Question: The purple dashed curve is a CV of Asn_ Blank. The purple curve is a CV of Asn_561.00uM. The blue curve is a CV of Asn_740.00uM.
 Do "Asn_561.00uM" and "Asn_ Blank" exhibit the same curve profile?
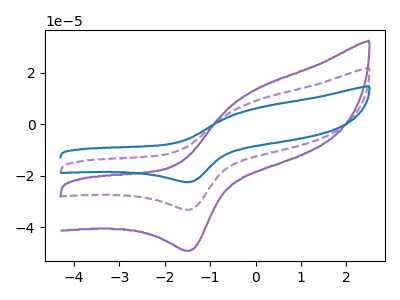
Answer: <think>The purple dashed curve "Asn_ Blank" has an anodic peak at (0.00V, 9.10uA) and a cathodic peak at (-1.45V, -33.30uA). The purple curve "Asn_561.00uM" has an anodic peak at (0.00V, 13.45uA) and a cathodic peak at (-1.45V, -49.25uA). The blue curve "Asn_740.00uM" has an anodic peak at (0.00V, 18.20uA) and a cathodic peak at (-1.45V, -66.55uA).
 All the peaks in "Asn_561.00uM" have a peak in "Asn_ Blank" at the same potential. Every peak in "Asn_561.00uM" is higher than every peak in "Asn_ Blank".</think>
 <answer>"Asn_561.00uM" and "Asn_ Blank" are similar in shape.</answer>
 <eval>same_shape</eval>